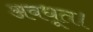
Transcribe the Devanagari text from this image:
अवधूत।